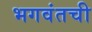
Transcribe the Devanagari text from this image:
भगवंतची